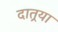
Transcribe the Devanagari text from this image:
दातर्‍या